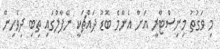
މި ވަގުތު މިނިސްޓްރީ އަށް އެންމެ ބޮޑު ދައްޗަކީ ނޭޕާލްގައި ތިބި ދިވެހިން